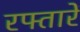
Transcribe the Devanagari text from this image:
रफ्तारें